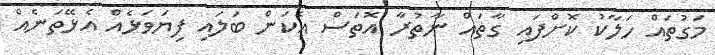
މަގުތައް ހަލާކު ކޮށްފައި ގާތައް ނާތުރާ އޮތަސް އެކަން ބަލައި ފިޔަވަޅެއް އެޅޭތަނެއް